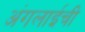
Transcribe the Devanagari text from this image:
अंगलाईची